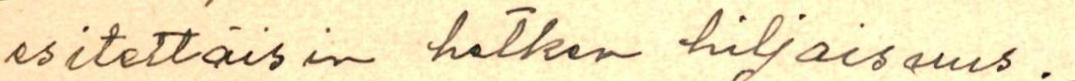
esittäisin hetken hiljaisuus.